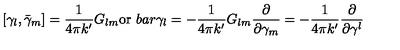
[ \gamma _ { l } , \bar { \gamma } _ { m } ] = \frac { 1 } { 4 \pi k ^ { \prime } } G _ { l m } \mathrm { o r } \ b a r { \gamma } _ { l } = - \frac { 1 } { 4 \pi k ^ { \prime } } G _ { l m } \frac { \partial } { \partial \gamma _ { m } } = - \frac { 1 } { 4 \pi k ^ { \prime } } \frac { \partial } { \partial \gamma ^ { l } }